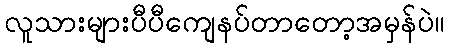
လူသားများပီပီကျေနပ်တာတော့အမှန်ပဲ။